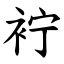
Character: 䘢